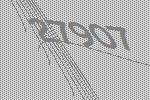
27907